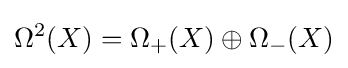
\Omega ^{2}(X)=\Omega _{+}(X)\oplus \Omega _{-}(X)